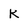
Character: K